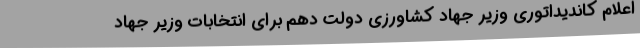
اعلام کاندیداتوری وزیر جهاد کشاورزی دولت دهم برای انتخابات وزیر جهاد